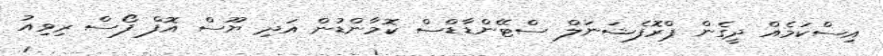
އިސްކަމެއް ދީގެން ޕްރޮފެޝަނަލް ސްޓޭންޑާޑްސް ކޮމާންޑުން އަދި ޔޫސް އޮފް ފޯސް ރިވިއު